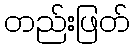
တည်းဖြတ်